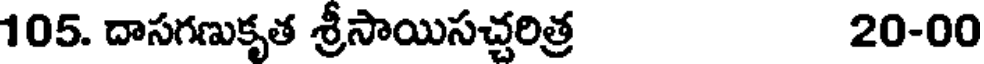
105. దాసగణుకృత శ్రీసాయిసచ్చరిత్ర 20-00